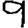
Digit: 9